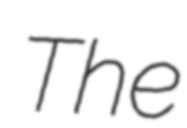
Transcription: The